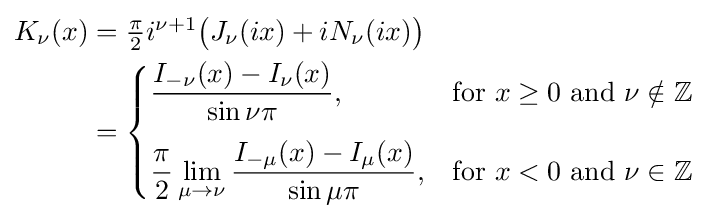
{\begin{aligned}K_{\nu }(x)&=\textstyle {\frac {\pi }{2}}i^{\nu +1}{\big (}J_{\nu }(ix)+iN_{\nu }(ix){\big )}\\&={\begin{cases}\displaystyle {\frac {I_{-\nu }(x)-I_{\nu }(x)}{\sin \nu \pi }},&{\text{for }}x\geq 0{\text{ and }}\nu \notin \mathbb {Z} \\[10pt]\displaystyle {\frac {\pi }{2}}\lim _{\mu \to \nu }{\frac {I_{-\mu }(x)-I_{\mu }(x)}{\sin \mu \pi }},&{\text{for }}x<0{\text{ and }}\nu \in \mathbb {Z} \\\end{cases}}\end{aligned}}